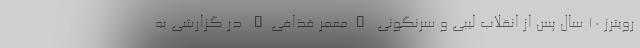
رویترز 10 سال پس از انقلاب لیبی و سرنگونی "معمر قذافی" در گزارشی به